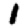
Digit: 1